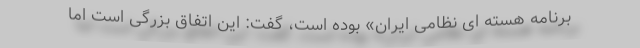
برنامه هسته ای نظامی ایران» بوده است، گفت: این اتفاق بزرگی است اما